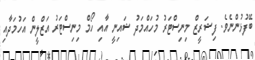
ބޭފުޅުންނެވެ. ފިޝަރީޒް މިނިސްޓަރު މުހައްމަދު ޝައިނީ އާއި ހޯމް މިނިސްޓަރު އަޒްލީން އަހުމަދާއި